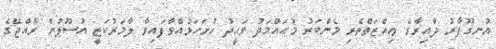
އުނގޫފާރު ދާއިރާގެ ޢިއްޒަތްތެރި މެންބަރު މުޙައްމަދު ވަޙީދު ހުށަހަޅުއްވާފައިވާ ލާމަރުކަޒީ އުސޫލުން ރާއްޖޭގެ